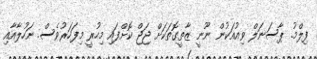
ފިލްމު. ޕާސަނަލް ވިއުއަކުން ނޫނީ ޒާތީގޮތަކަށް ޖަޖް ކޮށްފައި މިހުރީ މިފަހަރުވެސް. ނަހުލާއާއި